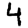
Digit: 4